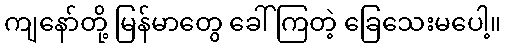
ကျနော်တို့ မြန်မာတွေ ခေါ်ကြတဲ့ ခြေသေးမပေါ့။